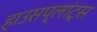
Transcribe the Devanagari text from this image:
हाउसप्लांट्स